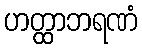
ဟတ္ထာဘရဏံ